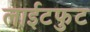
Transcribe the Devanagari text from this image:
लाईटफुट